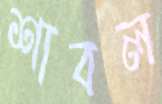
শাবল